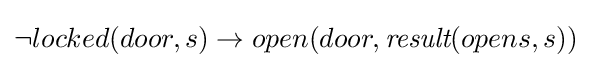
\neg locked(door,s)\rightarrow open(door,{\textit {result}}(opens,s))